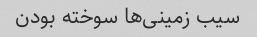
سیب زمینی‌ها سوخته بودن